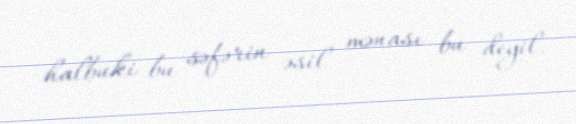
halbuki bu səfərin əsil mənası bu deyil.